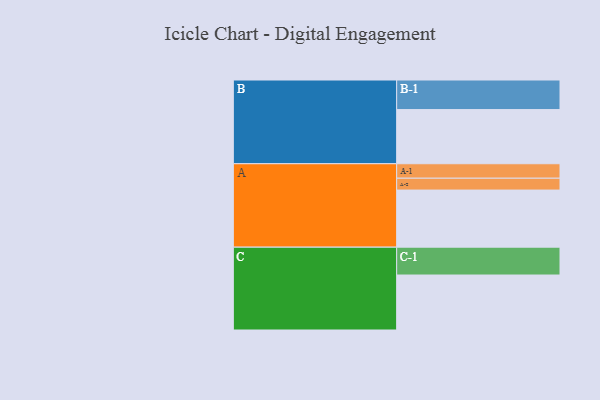
{"axis": {"x": "Segment", "y": "Value"}, "legend": ["", "A", "B", "C"], "data": [{"x": "A", "y": 564, "type": ""}, {"x": "B", "y": 535, "type": ""}, {"x": "C", "y": 543, "type": ""}, {"x": "A-1", "y": 143, "type": "A"}, {"x": "A-2", "y": 117, "type": "A"}, {"x": "B-1", "y": 292, "type": "B"}, {"x": "C-1", "y": 275, "type": "C"}]}